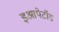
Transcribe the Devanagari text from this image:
इआपेटॉस